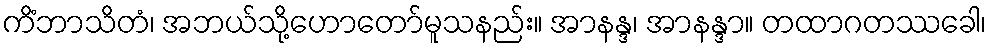
ကိံဘာသိတံ၊ အဘယ်သို့ဟောတော်မူသနည်း။ အာနန္ဒ၊ အာနန္ဒာ။ တထာဂတဿခေါ၊